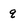
Character: q